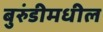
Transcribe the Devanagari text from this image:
बुरुंडीमधील